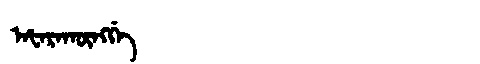
Manchu: ᠠᡶᠠᡵᠠᡴᡡᠩᡤᡝ
Romanization: AFARAKŪNGGE